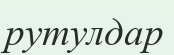
рутулдар